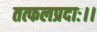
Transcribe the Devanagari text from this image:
तत्फलप्रदाः।।